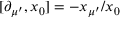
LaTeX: [ \partial _ { \mu ^ { \prime } } , x _ { 0 } ] = - x _ { \mu ^ { \prime } } / x _ { 0 }